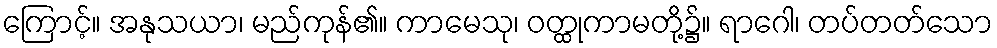
ကြောင့်။ အနုသယာ၊ မည်ကုန်၏။ ကာမေသု၊ ဝတ္ထုကာမတို့၌။ ရာဂေါ၊ တပ်တတ်သော